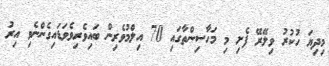
މިދިޔަ ހުކުރު ވިލޭރޭ ފެށި މި މަހާސިންތާގައި 70 އިލްމުވެރިން ބައިވެރިވެވަޑައިގެންނެވި އިރު